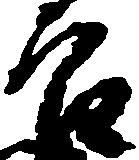
良